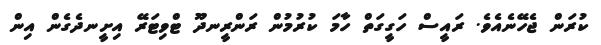
ކުރަން ޖެހޭނެއެވެ. ރައީސް ހަގީގަތް ހާމަ ކުރުމުން ރަންރީނދޫ ޓްވިޓަރޭ އިށީނދެގެން އިން